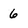
Character: 6